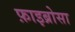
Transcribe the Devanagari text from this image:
फ़ाइब्रोसा